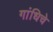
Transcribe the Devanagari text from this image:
गांधिचे